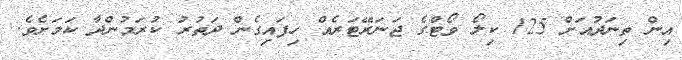
އިން ތިނަދުއަށް 125 ކިލޯ ވޯޓްގެ ޖަނަރޭޓަރެއް ހިފައިގެން ދަތުރު ކުރަމުންދާ ކަމަށެވެ.